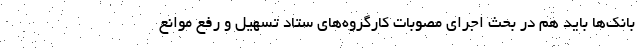
بانک‌ها باید هم در بحث اجرای مصوبات کارگروه‌های ستاد تسهیل و رفع موانع